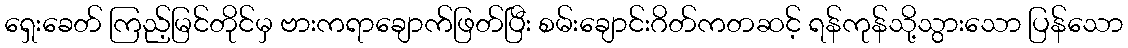
ရှေးခေတ် ကြည့်မြင်တိုင်မှ ဗားကရာချောက်ဖြတ်ပြီး စမ်းချောင်းဂိတ်ကတဆင့် ရန်ကုန်သို့သွားသော ပြန်သော